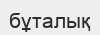
бұталық